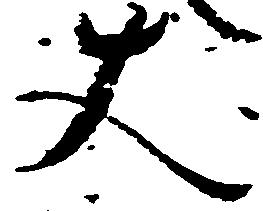
丈